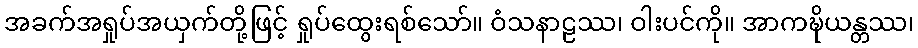
အခက်အရှုပ်အယှက်တို့ဖြင့် ရှုပ်ထွေးရစ်သော်။ ဝံသနာဠဿ၊ ဝါးပင်ကို။ အာကဍ္ဎိယန္တဿ၊